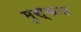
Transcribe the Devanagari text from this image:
मुस्काट